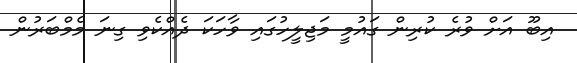
އިބޫ އަށް ވުރެ ކުރިން ގައުމީ މަޖިލީހުގައި ވާހަކަ ދެއްކެވި ގިނަ މެމްބަރުން